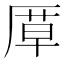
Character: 𭆍